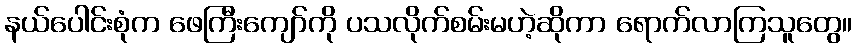
နယ်ပေါင်းစုံက ဖေကြီးကျော်ကို ပသလိုက်စမ်းမဟဲ့ဆိုကာ ရောက်လာကြသူတွေ။